Vaccine operations Central Provinces & Berar 1922-1929 - 1922-1929
Year: 1922
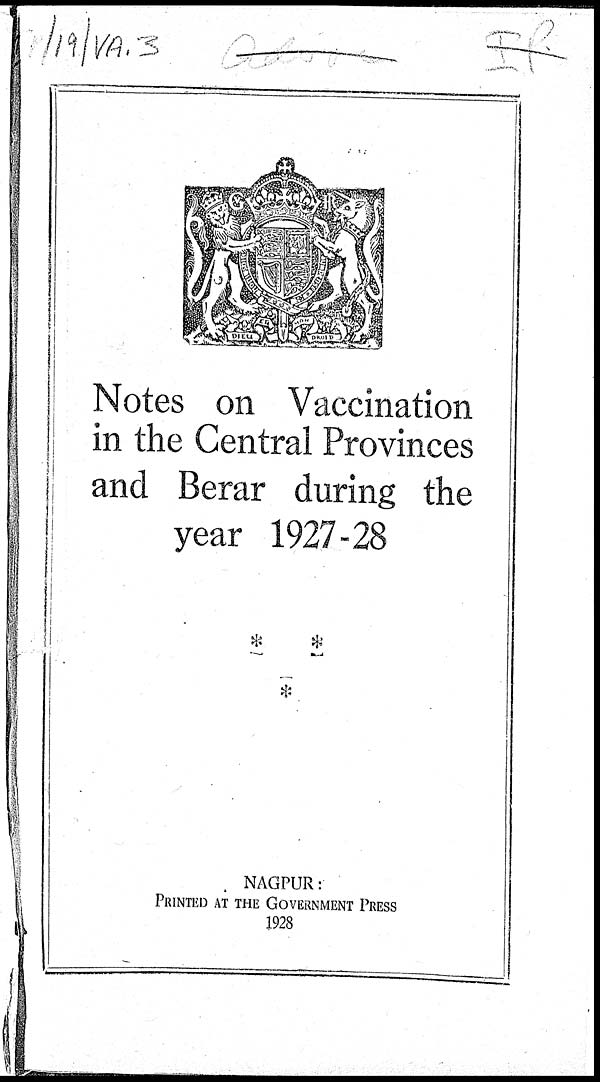
Notes on Vaccination
in the Central Provinces
and Berar during the
year 1927-28
NAGPUR:
PRINTED AT THE GOVERNMENT PRESS
1928